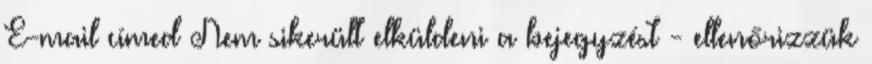
E-mail címed Nem sikerült elküldeni a bejegyzést - ellenőrizzük